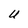
Character: U